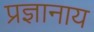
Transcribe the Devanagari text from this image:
प्रज्ञानाय